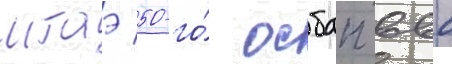
мтаэ 50-го́ осбап ввс